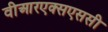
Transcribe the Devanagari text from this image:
वीआरएक्सएससी